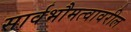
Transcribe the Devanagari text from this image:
सार्वभौमत्वावरील